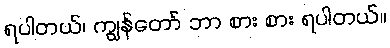
ရပါတယ်၊ ကျွန်တော် ဘာ စား စား ရပါတယ်။